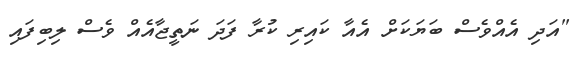
"އަދި އެއްވެސް ބަޔަކަށް އެއާ ކައިރި ކުރާ ފަދަ ނަތީޖާއެއް ވެސް ލިބިފައި